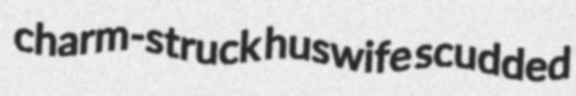
charm-struck huswife scudded